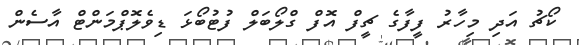
ކޯޗު އަދި މިހާރު ފީފާގެ ޗީފް އޮފް ގްލޯބަލް ފުޓުބޯޅަ ޑިވެލޮޕްމަންޓް އާސެން